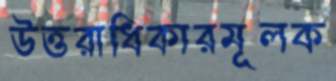
উত্তরাধিকারমূলক